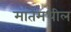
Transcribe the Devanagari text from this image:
मातेमधील